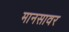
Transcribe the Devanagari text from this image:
मानसावर